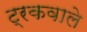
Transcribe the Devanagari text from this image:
ट्रकवाले